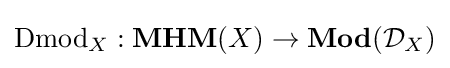
{\text{Dmod}}_{X}:{\textbf {MHM}}(X)\to {\textbf {Mod}}({\mathcal {D}}_{X})